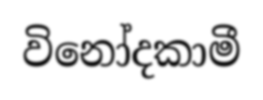
විනෝදකාමී